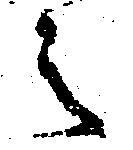
之